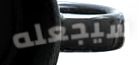
سيجعله